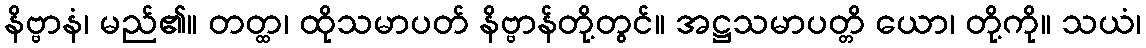
နိဗ္ဗာနံ၊ မည်၏။ တတ္ထ၊ ထိုသမာပတ် နိဗ္ဗာန်တို့တွင်။ အဋ္ဌသမာပတ္တိ ယော၊ တို့ကို။ သယံ၊